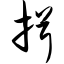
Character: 揖